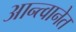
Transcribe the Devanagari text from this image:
आन्त्वानेत